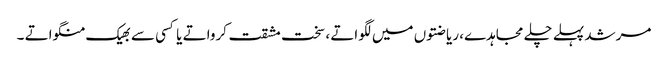
مرشد پہلے چلے مجاہدے، ریاضتوں میں لگواتے ، سخت مشقت کرواتے یا کسی سے بھیک منگواتے ۔